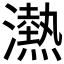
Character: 𪷴